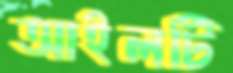
আইলটি